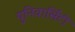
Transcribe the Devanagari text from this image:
युनिवार्सिटी